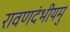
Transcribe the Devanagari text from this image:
रावणदंभीयमु